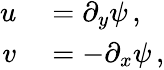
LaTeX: \begin{array}{rl}{u}&{{}=\partial_{y}\psi\, ,}\\ {v}&{{}=-\partial_{x}\psi\, ,}\end{array}